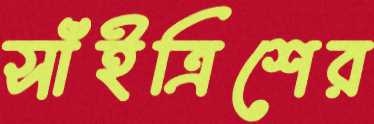
সাঁইত্রিশের